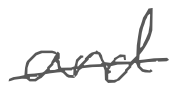
Text: and
Cross-out: mix
Writing tool: digital_gray